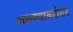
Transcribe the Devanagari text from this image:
असण्याबरोबर